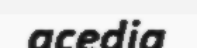
acedia